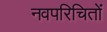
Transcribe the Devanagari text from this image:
नवपरिचितों